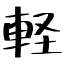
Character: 軽